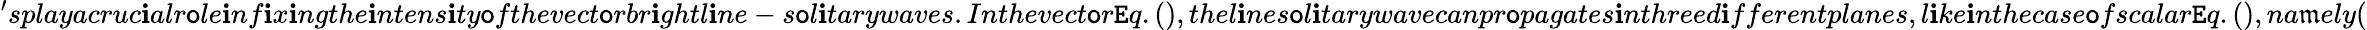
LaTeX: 'splayacruc\mathbf{i}alr\mathsf{o}le\mathbf{i}nf\mathbf{i}x\mathbf{i}ngthe\mathbf{i}ntens\mathbf{i}ty\mathsf{o}fthevect\mathsf{o}rbr\mathbf{i}ghtl\mathbf{i}ne-s\mathsf{o}l\mathbf{i}tarywaves.Inthevect\mathsf{o}r\mathtt{E}q.(),thel\mathbf{i}nes\mathsf{o}l\mathbf{i}tarywavecanpr\mathsf{o}pagates\mathbf{i}nthreed\mathbf{i}fferentplanes,l\mathbf{i}ke\mathbf{i}nthecase\mathsf{o}fscalar\mathtt{E}q.(),na\mathfrak{m}ely(